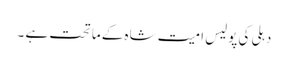
دہلی کی پولیس امیت شاہ کے ماتحت ہے ۔